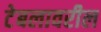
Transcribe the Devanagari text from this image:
टेबलावरील